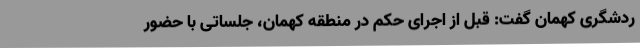
ردشگری کهمان گفت: قبل از اجرای حکم در منطقه کهمان، جلساتی با حضور